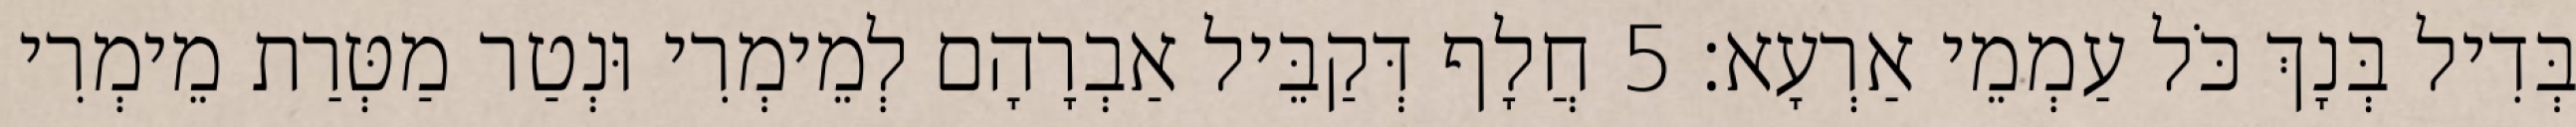
בְּדִיל בְּנָךְ כֹּל עַמְמֵי אַרְעָא׃ 5 חֲלָף דְּקַבֵּיל אַבְרָהָם לְמֵימְרִי וּנְטַר מַטְּרַת מֵימְרִי